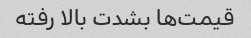
قیمت‌ها بشدت بالا رفته